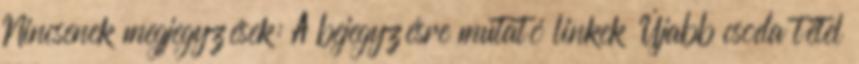
Nincsenek megjegyzések: A bejegyzésre mutató linkek Újabb csoda tétel